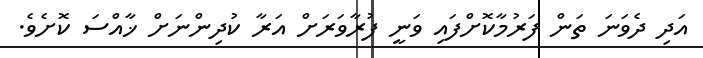
އަދި ދެވަނަ ތަން ފަރުމާކޮށްފައި ވަނީ ފުރާވަރަށް އަރާ ކުދިންނަށް ޚާއްސަ ކޮށެވެ.